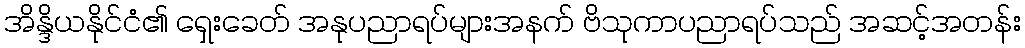
အိန္ဒိယနိုင်ငံ၏ ရှေးခေတ် အနုပညာရပ်များအနက် ဗိသုကာပညာရပ်သည် အဆင့်အတန်း